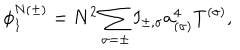
\phi _ { 1 } ^ { N ( \pm ) } = N ^ { 2 } \sum _ { \sigma = \pm } I _ { \pm , \sigma } a _ { ( \sigma ) } ^ { 4 } T ^ { ( \sigma ) } ,